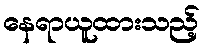
နေရာယူထားသည့်